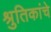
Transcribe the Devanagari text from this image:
श्रुतिकांचे